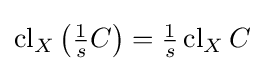
\operatorname {cl} _{X}\left({\tfrac {1}{s}}C\right)={\tfrac {1}{s}}\operatorname {cl} _{X}C